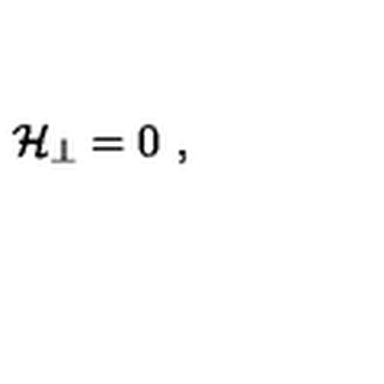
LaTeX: { \cal H } _ { \perp } = 0 \ ,